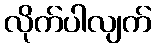
လိုက်ပါလျက်